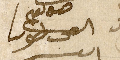
القس طوبيا